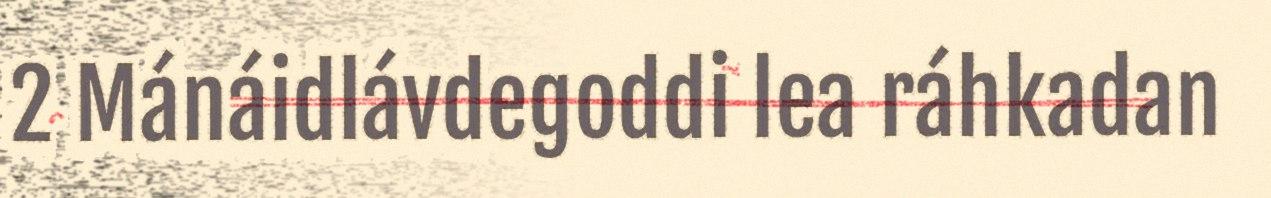
2 Mánáidlávdegoddi lea ráhkadan